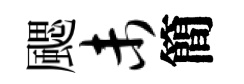
颸未簡